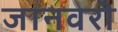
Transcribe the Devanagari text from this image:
जानवरॊ